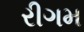
રીગમ